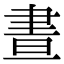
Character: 晝